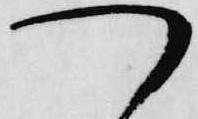
つ